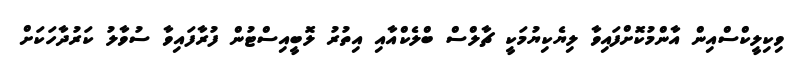
ވިކިލީކްސްއިން އާންމުކޮށްފައިވާ ލިޔެކިޔުމަކީ ޗާލްސް ބްލެކްއާއި އިތުރު ލޮބީއިސްޓުން ފުރާފައިވާ ސުވާލު ކަރުދާހަކަށް